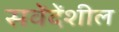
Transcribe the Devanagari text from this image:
सवेंदेंशील